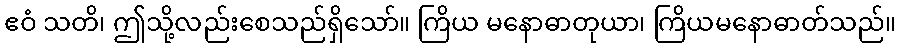
ဧဝံ သတိ၊ ဤသို့လည်းစေသည်ရှိသော်။ ကြိယ မနောဓာတုယာ၊ ကြိယမနောဓာတ်သည်။